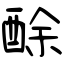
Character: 酴